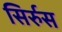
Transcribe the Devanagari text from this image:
सिर्रुस